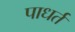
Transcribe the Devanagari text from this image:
पाधर्त